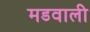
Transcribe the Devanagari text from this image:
मडवाली